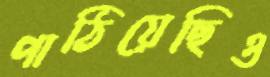
পাঠিয়েছিও